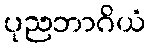
ပုညဘာဂိယံ